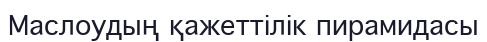
Маслоудың қажеттілік пирамидасы